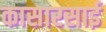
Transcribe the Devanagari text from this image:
कासारसाई